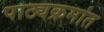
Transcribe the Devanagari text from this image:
पाठ्यक्रमांत